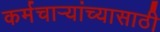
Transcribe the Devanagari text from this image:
कर्मचार्‍यांच्यासाठी